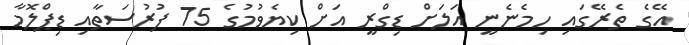
އޭގެ ތެރޭގައި ހިމެނެނީ އަލަށް ޑިގްރީ އަށް ކިޔެވުމުގެ 75 ފުރުސަތާއި ޑިޕްލޮމާ